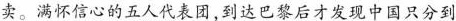
卖。满怀信心的五人代表团，到达巴黎后才发现中国只分到